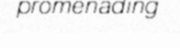
promenading